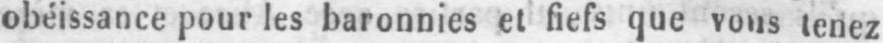
obéissance pour les baronnies et fiefs que vous tenez